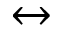
\leftrightarrow